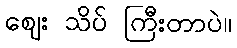
ဈေး သိပ် ကြီးတာပဲ။